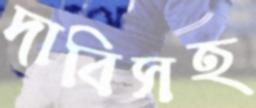
দাবিসহ